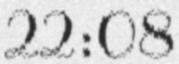
22:08